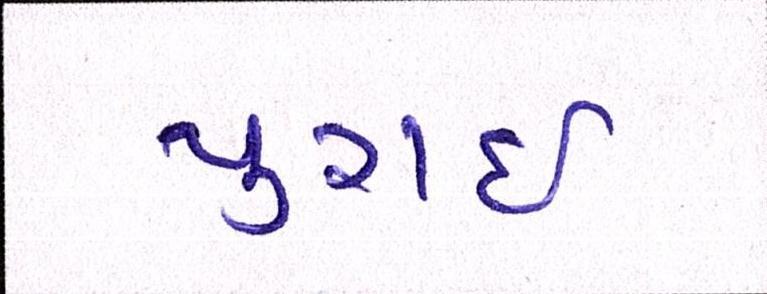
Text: પુરાઈ